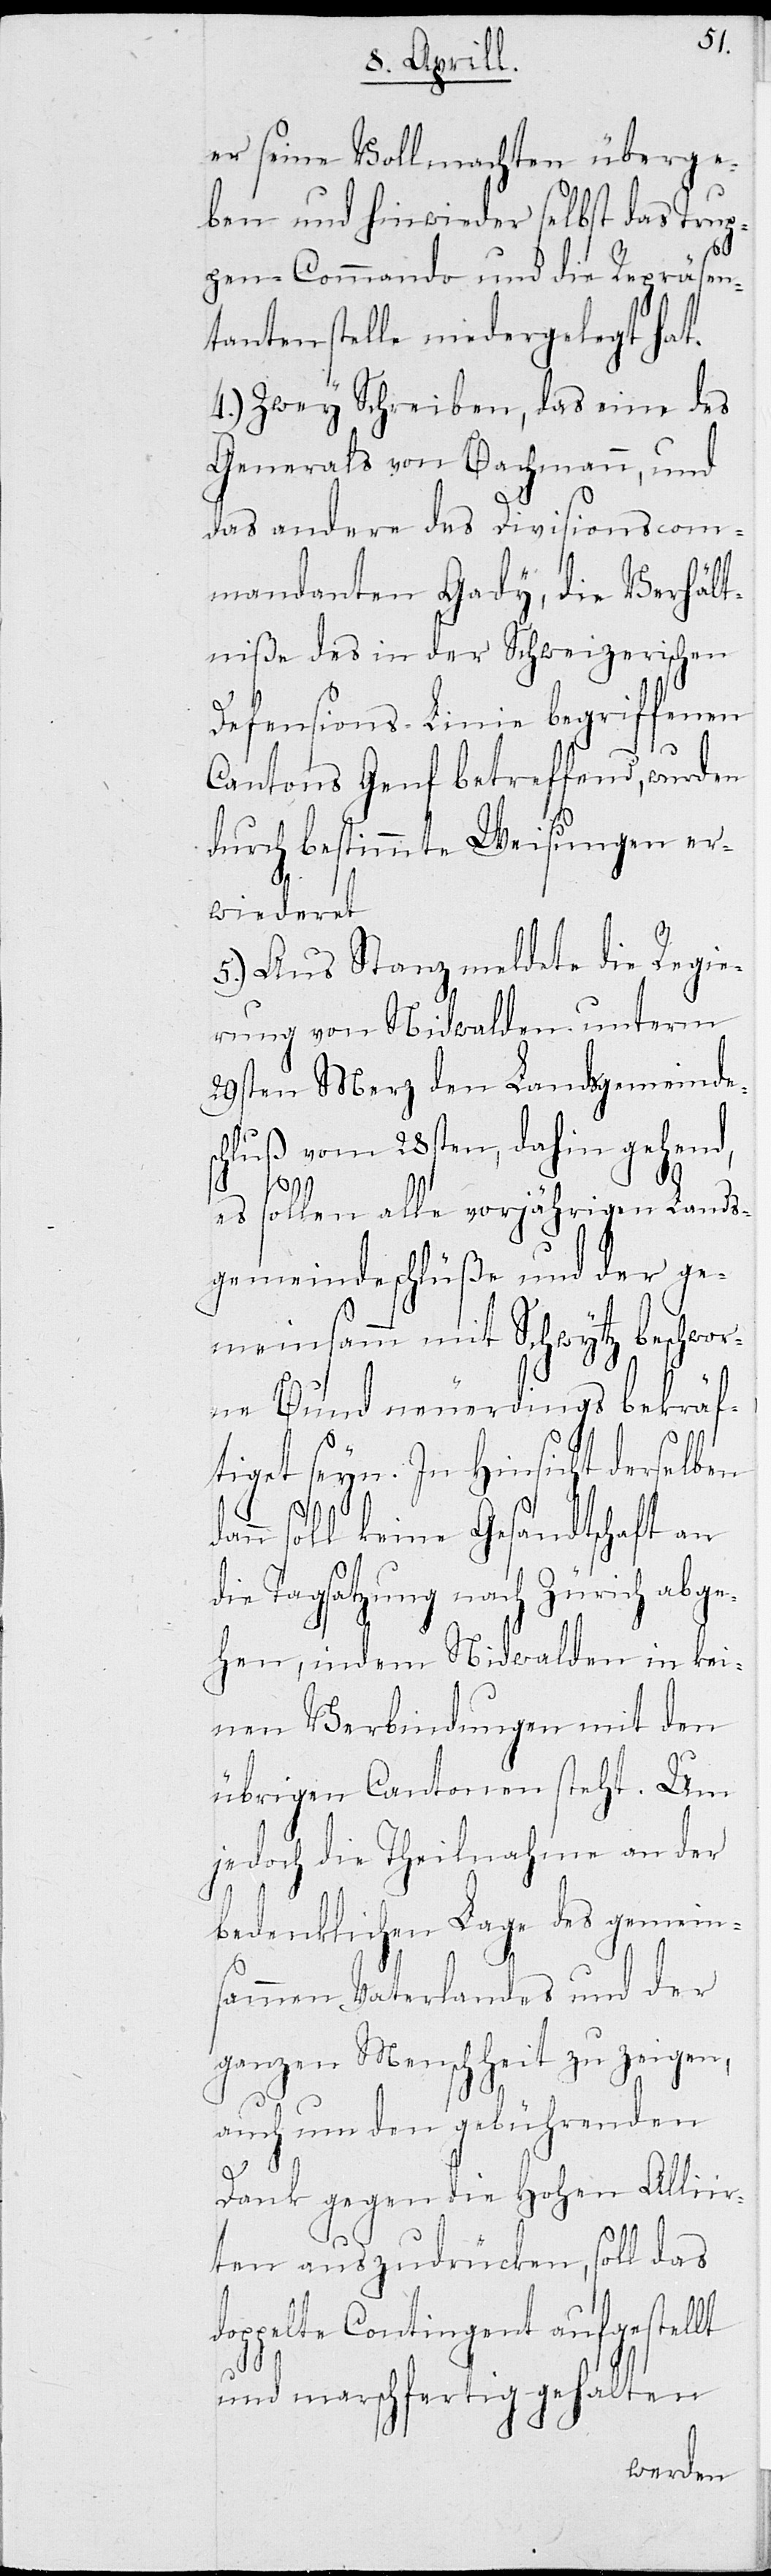
er seine Vollmachten überge¬
ben und hinwieder selbst das Trup¬
pen-Commando und die Repräsen¬
tantenstelle niedergelegt hat.
4.) Zwey Schreiben, das eine des
Generals von Bachmann, und
das andere des Divisionscom¬
mandanten Gady, die Verhält¬
niße des in der Schweizerischen
Defensions-Linie begriffenen
Cantons Genf betreffend, wurden
durch bestimmte Weisungen er¬
wiederet.
5.) Aus Stanz meldete die Regie¬
rung von Nidwalden unterm
29sten Merz den Landsgemeinde¬
chluß vom 28sten, dahin gehend,
es sollen alle vorjährigen Lands¬
gemeindeschlüße und der ge¬
meinsamm mit Schwytz beschwo¬
rne Bund neuerdings bekräf¬
tiget seyn. In Hinsicht derselben
n soll keine Gesandtschaft an
die Tagsatzung nach Zürich abge¬
hen, indem Nidwalden in kei¬
nen Verbindungen mit den
übrigen Cantonen steht. Um
jedoch die Theilnahme an der
ir¬
bedenklichen Lage des gemein¬
sammen Vaterlandes und der
ganzen Menschheit zu zeigen,
auch um den gebührenden
Dank gegen die Hohen Alli¬
ten auszudrücken, soll das
doppelte Contingent aufgestellt
und marschfertig gehalten